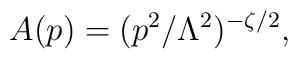
A(p)=(p^2/\Lambda^2)^{-\zeta/2},